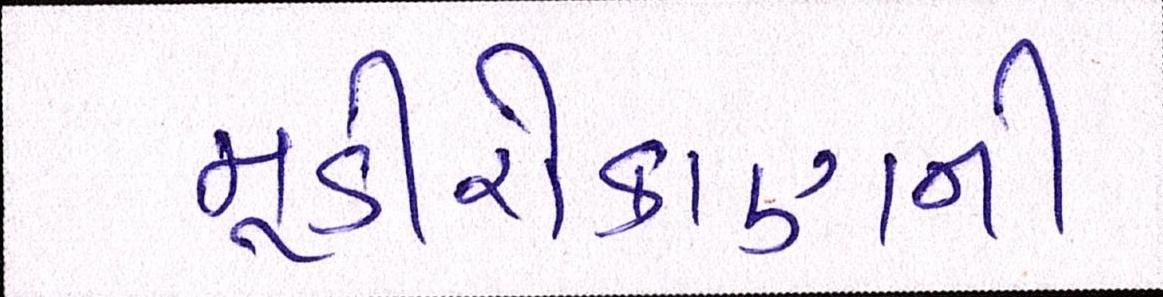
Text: મૂડીરોકાણની